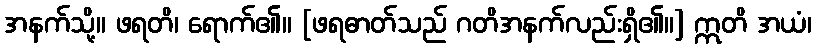
အနက်သို့။ ဖရတိ၊ ရောက်၏။ [ဖရဓာတ်သည် ဂတိအနက်လည်းရှိ၏။] ဣတိ အယံ၊